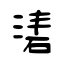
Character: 湱